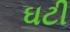
ઘટી